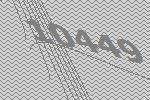
10449